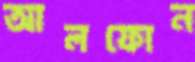
আলফোন